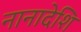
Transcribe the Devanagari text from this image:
नानादेशि